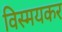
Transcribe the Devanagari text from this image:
विस्मयकर